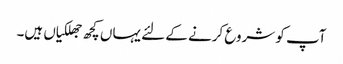
آپ کو شروع کرنے کے لئے یہاں کچھ جھلکیاں ہیں۔